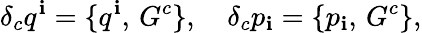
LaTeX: \delta_{c}q^{\mathbf{i}}=\{ q^{\mathbf{i}},\, G^{c}\} ,\quad\delta_{c}p_{\mathbf{i}}=\{ p_{\mathbf{i}},\, G^{c}\} ,